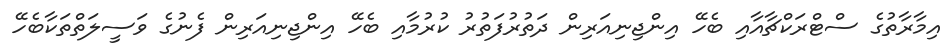
އިމާރާތުގެ ސްޓްރަކްޗާއާއި ބެހޭ އިންޖިނިއަރިން ދަތުރުފަތުރު ކުރުމާއި ބެހޭ އިންޖިނިއަރިން ފެނުގެ ވަސީލަތްތަކާބެހޭ